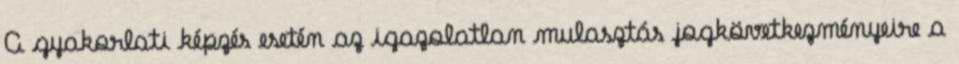
A gyakorlati képzés esetén az igazolatlan mulasztás jogkövetkezményeire a